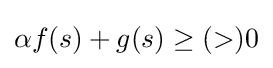
\alpha f(s)+g(s)\geq (>)0